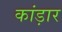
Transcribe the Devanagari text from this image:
कांड़ार